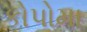
કોપોમા